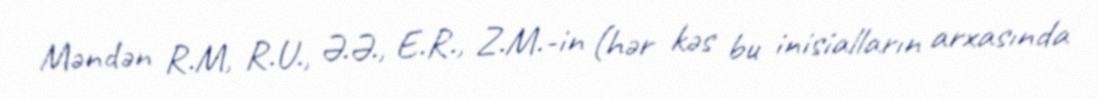
Məndən R.M, R.U., Ə.Ə., E.R., Z.M.-in (hər kəs bu inisialların arxasında